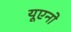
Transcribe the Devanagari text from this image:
यूएनो